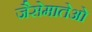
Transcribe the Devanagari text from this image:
जैसेमातेओ